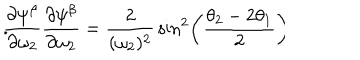
{ \frac { \partial \psi ^ { \beta } } { \partial \omega _ { 2 } } } { \frac { \partial \psi ^ { \beta } } { \partial \omega _ { 2 } } } = { \frac { 2 } { ( \omega _ { 2 } ) ^ { 2 } } } \sin ^ { 2 } \left( { \frac { \theta _ { 2 } - 2 \theta _ { 1 } } { 2 } } \right) \hspace { 0 . 5 c m } .